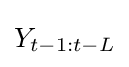
Y_{t-1:t-L}